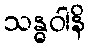
သန္ဓဝါနိ